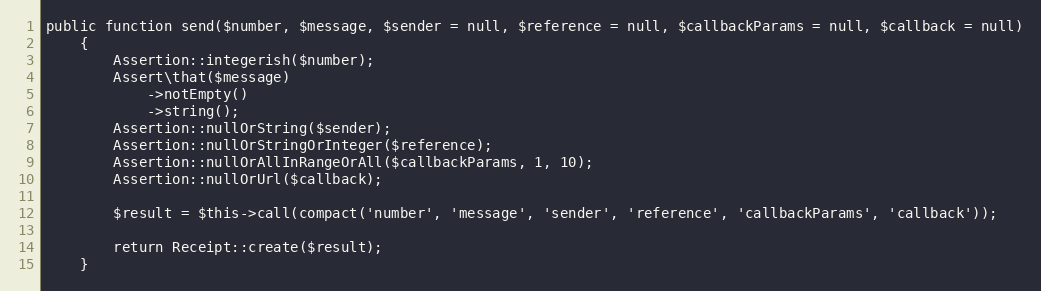
Language: PHP
public function send($number, $message, $sender = null, $reference = null, $callbackParams = null, $callback = null)
    {
        Assertion::integerish($number);
        Assert\that($message)
            ->notEmpty()
            ->string();
        Assertion::nullOrString($sender);
        Assertion::nullOrStringOrInteger($reference);
        Assertion::nullOrAllInRangeOrAll($callbackParams, 1, 10);
        Assertion::nullOrUrl($callback);

        $result = $this->call(compact('number', 'message', 'sender', 'reference', 'callbackParams', 'callback'));

        return Receipt::create($result);
    }